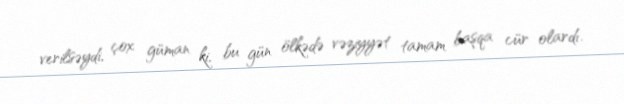
verilsəydi, çox güman ki, bu gün ölkədə vəziyyət tamam başqa cür olardı.